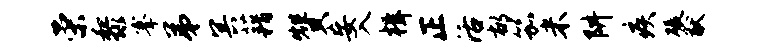
荣黎搴弟冥藉赞妄入楫正活郁笳米阱疾碾猷